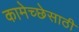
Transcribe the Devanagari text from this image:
कामेच्छेसाठी